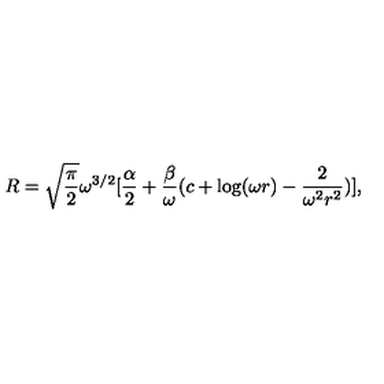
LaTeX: R = \sqrt { \frac { \pi } { 2 } } \omega ^ { 3 / 2 } [ \frac { \alpha } { 2 } + \frac { \beta } { \omega } ( c + \log ( \omega r ) - \frac { 2 } { \omega ^ { 2 } r ^ { 2 } } ) ] ,